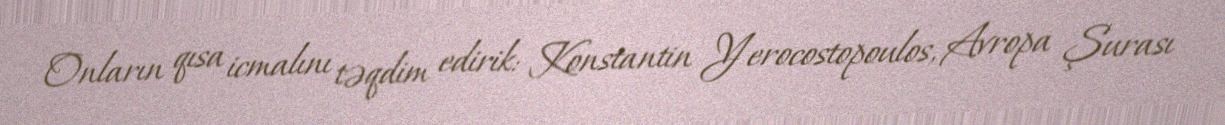
Onların qısa icmalını təqdim edirik: Konstantin Yerocostopoulos, Avropa Şurası